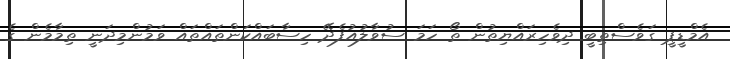
އެމްޑީޕީ ގަވެސްތިބީ ދިވެހިރައްޔިތުން ތޯ ހަމަ ސުވާލުއުފެދޭ ހިސާބައްކަންތައްތައް ވަމުންމިދަނީ ތިމާމެން ގެ